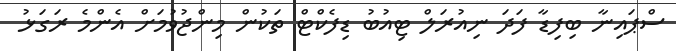
ސްޕައިނާ ބިފިޑާ ފަދަ ނިއުރަލް ޓިއުބު ޑިފެކްޓް ތަކުން މިންޖުވުމަށް އެންމެ ރަގަޅު